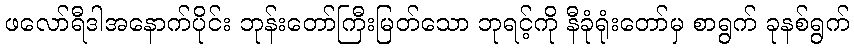
ဖလော်ရီဒါအနောက်ပိုင်း ဘုန်းတော်ကြီးမြတ်သော ဘုရင့်ကို နီခုံရုံးတော်မှ စာရွက် ခုနစ်ရွက်